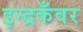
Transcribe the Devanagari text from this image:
इन्द्रकँवर